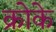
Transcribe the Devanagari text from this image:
क्रोके